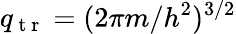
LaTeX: q_{\mathrm{~t~r~}}=(2\pi m/h^{2})^{3/2}